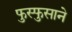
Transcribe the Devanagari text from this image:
फुस्फुसाने